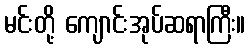
မင်းတို့ ကျောင်းအုပ်ဆရာကြီး။